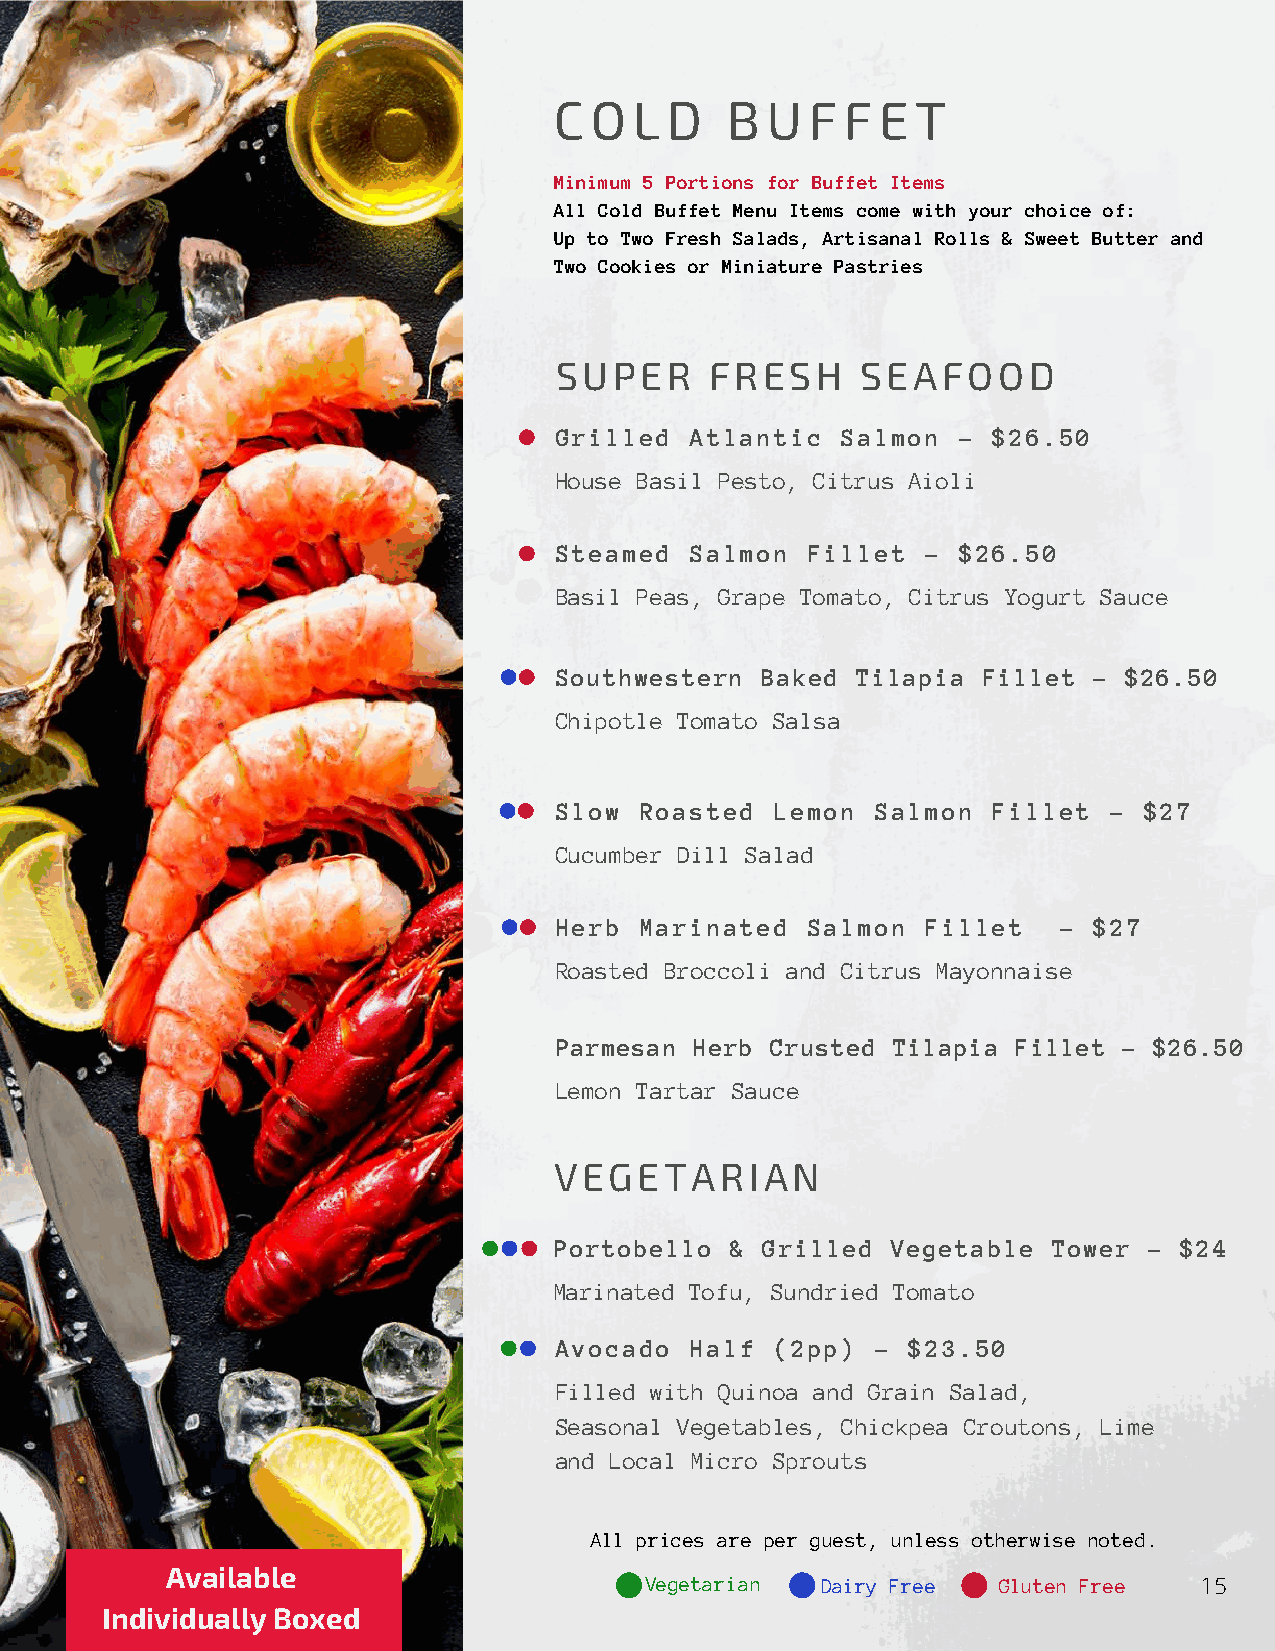
C O  L D   B  U  F F E  T
 Minimum 5 Portions for Buffet Items
 All Cold Buffet Menu Items come with your choice of:
 Up to Two Fresh Salads, Artisanal Rolls & Sweet Butter and
 Two Cookies or Miniature Pastries
 SUPER     FRESH     SEAFOOD
 Grilled  Atlantic  Salmon -  $26.50
 House Basil Pesto, Citrus Aioli
 Steamed  Salmon Fillet  - $26.50
 Basil Peas, Grape Tomato, Citrus Yogurt Sauce
 Southwestern Baked  Tilapia Fillet - $26.50
 Chipotle Tomato Salsa
 Slow Roasted  Lemon  Salmon  Fillet -  $27
 Cucumber Dill Salad
 Herb Marinated  Salmon  Fillet   - $27
 Roasted Broccoli and Citrus Mayonnaise
 Parmesan Herb Crusted Tilapia Fillet - $26.50
 Lemon Tartar Sauce
 VEGETARIAN
 Portobello & Grilled  Vegetable  Tower - $24
 Marinated Tofu, Sundried Tomato
 Avocado  Half (2pp)  - $23.50
 Filled with Quinoa and Grain Salad,
 Seasonal Vegetables, Chickpea Croutons, Lime
 and Local Micro Sprouts
 All prices are per guest, unless otherwise noted.
 Available
 Vegetarian Dairy Free  Gluten Free  15
 Individually Boxed